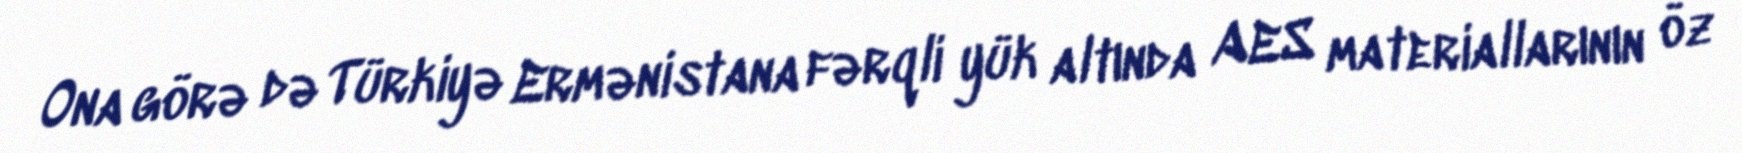
Ona görə də Türkiyə Ermənistana fərqli yük altında AES materiallarının öz